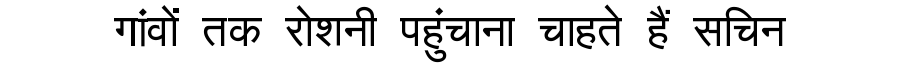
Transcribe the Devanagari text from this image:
गांवों तक रोशनी पहुंचाना चाहते हैं सचिन